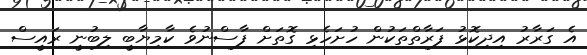
އެ ގަރާރު އިދިކޮޅު ފަރާތްތަކުން ހުށަހެޅި ގޮތަށް ފާސްނުވެ ކާމިޔާބީ ލިބުނީ ރައީސް